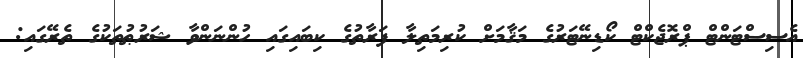
އެސިސްޓަންޓް ޕްރޮޖެކްޓް ކޯޑިނޭޓަރުގެ މަޤާމަށް ކުރިމަތިލާ ފަރާތުގެ ކިބައިގައި ހުންނަންވާ ޝަރުޠުތަކުގެ ތެރޭގައި: